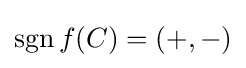
\operatorname {sgn} f(C)=(+,-)